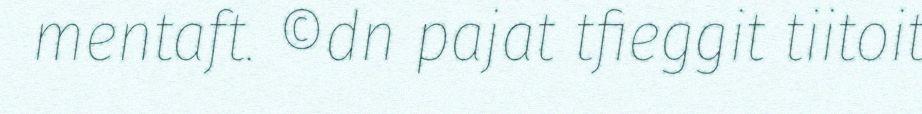
mentaft. ©dn pajat tfieggit tiitoit